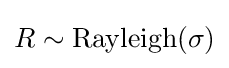
R\sim \operatorname {Rayleigh} (\sigma )